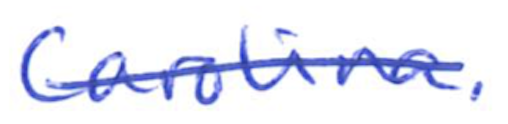
Text: Carolina.
Cross-out: single-line
Writing tool: ballpoint